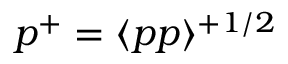
p ^ { + } = \langle p p \rangle ^ { + 1 / 2 }